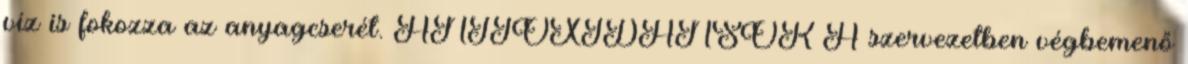
víz is fokozza az anyagcserét. ANTIOXIDÁNSOK A szervezetben végbemenő